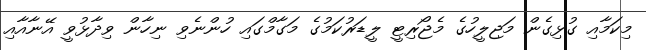
މިކަމާއި ގުޅިގެން މަޖިލީހުގެ މެޖޯރިޓީ ލީޑަރުކަމުގެ މަގާމްގައި ހުންނެވި ނިހާން ވިދާޅުވީ އޭނާއާއި